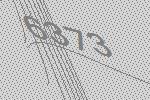
6373